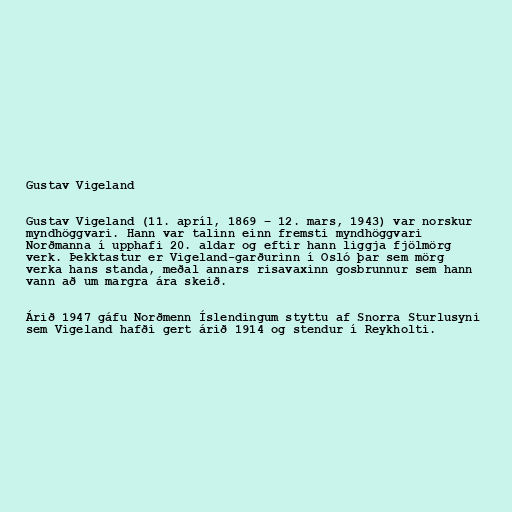
Gustav Vigeland

Gustav Vigeland (11. apríl, 1869 – 12. mars, 1943) var norskur
myndhöggvari. Hann var talinn einn fremsti myndhöggvari
Norðmanna í upphafi 20. aldar og eftir hann liggja fjölmörg
verk. Þekktastur er Vigeland-garðurinn í Osló þar sem mörg
verka hans standa, meðal annars risavaxinn gosbrunnur sem hann
vann að um margra ára skeið.

Árið 1947 gáfu Norðmenn Íslendingum styttu af Snorra Sturlusyni
sem Vigeland hafði gert árið 1914 og stendur í Reykholti.